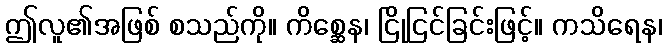
ဤလူ၏အဖြစ် စသည်ကို။ ကိစ္ဆေန၊ ငြိုငြင်ခြင်းဖြင့်။ ကသိရေန၊